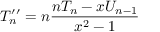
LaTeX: T _ { n } ^ { \prime \prime } = n { \frac { n T _ { n } - x U _ { n - 1 } } { x ^ { 2 } - 1 } }